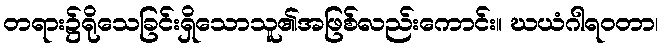
တရား၌ရိုသေခြင်းရှိသောသူ၏အဖြစ်လည်းကောင်း။ ဃယံဂါရဝတာ၊